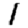
Digit: 1